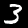
Digit: 3